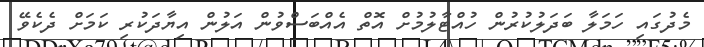
މެދުގައި ހަމަލާ ބަދަލުކުރުން ހުއްޓާލުމުށް އޮތް އެއްބަސްވުން އަލުން އިޔާދަކުރި ކަމަށް ދެކެވޭ